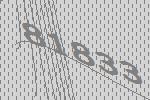
81833